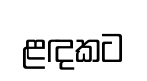
ළඳකට